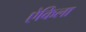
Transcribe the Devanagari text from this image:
ऐकिला